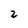
Character: 2